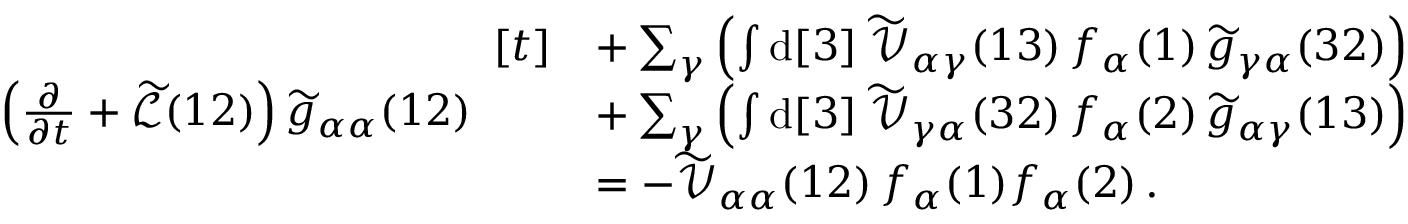
\begin{array} { r l } & { \left( \frac { \partial } { \partial t } + \widetilde { \mathcal { L } } ( 1 2 ) \right) \widetilde { g } _ { \alpha \alpha } ( 1 2 ) \begin{array} { r l } { [ t ] } & { + \sum _ { \gamma } \left( \int \mathrm { d } [ 3 ] \; \widetilde { \mathcal { V } } _ { \alpha \gamma } ( 1 3 ) \, f _ { \alpha } ( 1 ) \, \widetilde { g } _ { \gamma \alpha } ( 3 2 ) \right) } \\ & { + \sum _ { \gamma } \left( \int \mathrm { d } [ 3 ] \; \widetilde { \mathcal { V } } _ { \gamma \alpha } ( 3 2 ) \, f _ { \alpha } ( 2 ) \, \widetilde { g } _ { \alpha \gamma } ( 1 3 ) \right) } \\ & { = - \widetilde { \mathcal { V } } _ { \alpha \alpha } ( 1 2 ) \, f _ { \alpha } ( 1 ) f _ { \alpha } ( 2 ) \, . } \end{array} } \end{array}